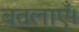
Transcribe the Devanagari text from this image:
बतलाएँ।